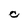
Character: C